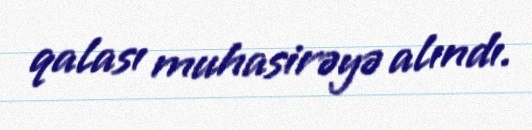
qalası muhasirəyə alındı.